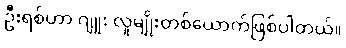
ဦးရစ်ဟာ ဂျူး လူမျိုးတစ်ယောက်ဖြစ်ပါတယ်။